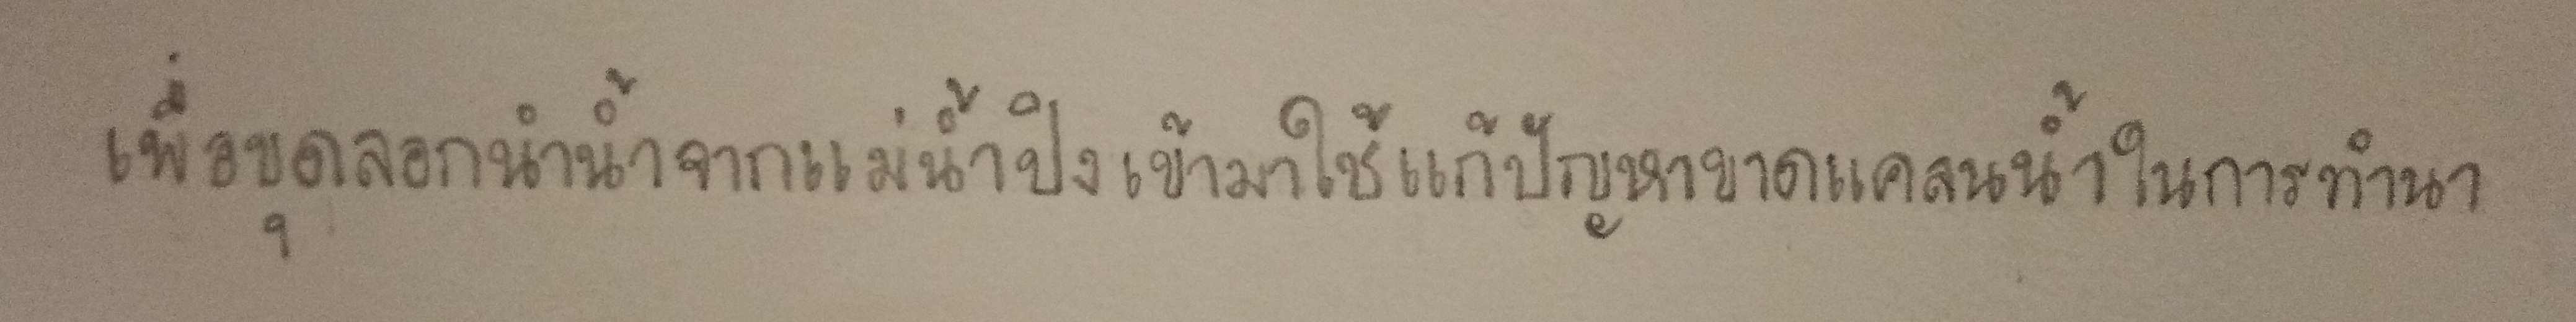
เพื่อขุดลอกนำน้ำจากแม่น้ำปิงเข้ามาใช้แก้ปัญหาขาดแคลนน้ำในการทำนา